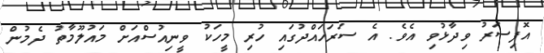
އޮފިސަރު ވިދާޅުވި އެވެ. އެ ސަރަހައްދުގައި ހުރި މީހަކު ވީނިއުސްއަށް މައުލޫމާތު ދެމުން